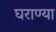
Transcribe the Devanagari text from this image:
घराण्या